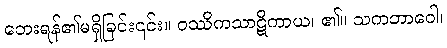
ဘေးရန်၏မရှိခြင်း၎င်း။ ဝဿိကသာဋိကာယ၊ ၏။ သကဘာဝေါ၊